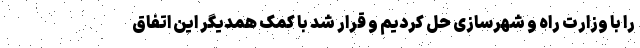
را با وزارت راه و شهرسازی حل کردیم و قرار شد با کمک همدیگر این اتفاق